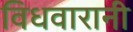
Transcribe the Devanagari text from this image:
विधवारानी